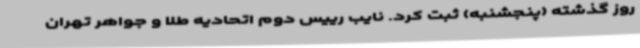
روز گذشته (پنجشنبه) ثبت کرد. نایب رییس دوم اتحادیه طلا و جواهر تهران